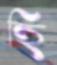
হি